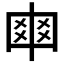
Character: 𠁴